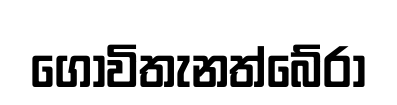
ගොවිතැනත්බේරා